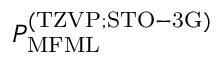
P _ { \mathrm { M F M L } } ^ { ( \mathrm { T Z V P ; S T O - 3 G ) } }